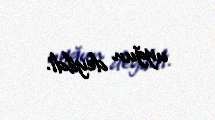
uyğun deyildi.